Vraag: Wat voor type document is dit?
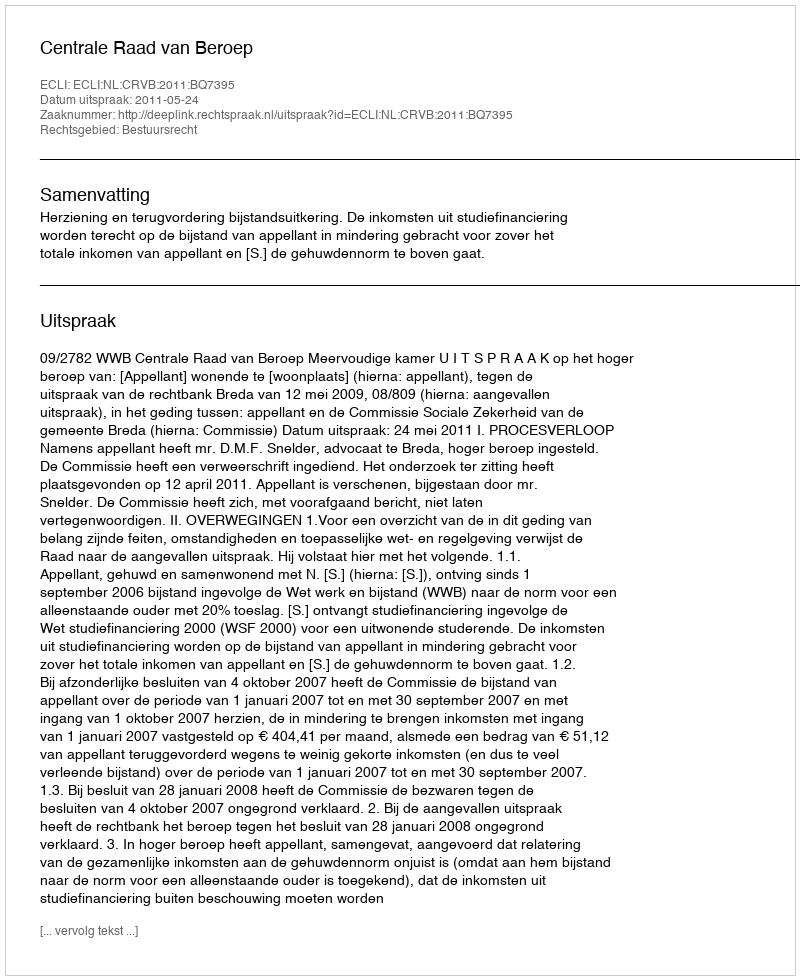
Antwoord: Uitspraak